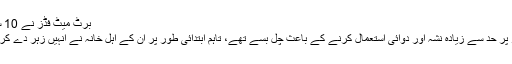
برٹ میٹ فڈز نے 10 سالوں تک پاپ اسٹار کے ساتھ کام کیا، فوٹو: ٹوئٹر
یاد رہے کہ مائیکل جیکسن 2009 میں مبینہ طور پر حد سے زیادہ نشہ آور دوائی استعمال کرنے کے باعث چل بسے تھے، تاہم ابتدائی طور پر ان کے اہل خانہ نے انہیں زہر دے کر قتل کیے جانے کے خدشات بھی ظاہر کیے تھے۔